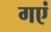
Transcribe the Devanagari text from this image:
गएं